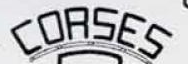
CORSES